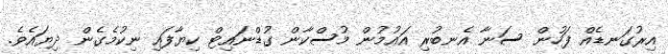
އިރުގަނޑެއް ފަހުން ސަނާ އެނބުރި އައުމުން މުސްކާން ގުޑްނައިޓް ކިޔާފައި ނިކުމެގެން ދިޔައެވެ.